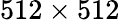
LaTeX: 512\times 512